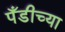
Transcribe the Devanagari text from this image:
पँडीच्या